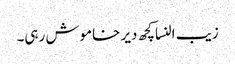
زیب النسا کچھ دیر خاموش رہی۔